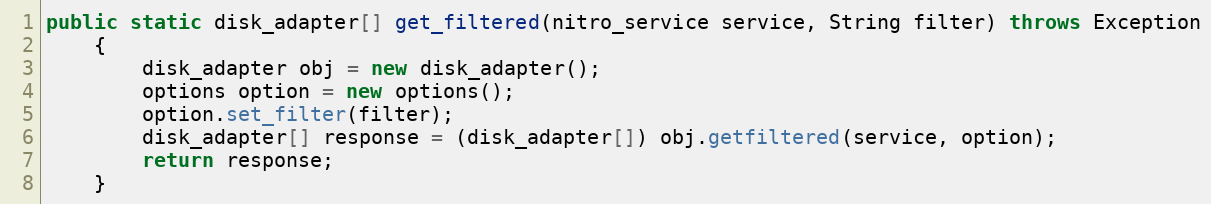
Language: Java
public static disk_adapter[] get_filtered(nitro_service service, String filter) throws Exception
	{
		disk_adapter obj = new disk_adapter();
		options option = new options();
		option.set_filter(filter);
		disk_adapter[] response = (disk_adapter[]) obj.getfiltered(service, option);
		return response;
	}